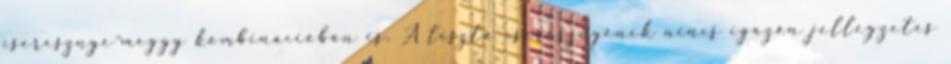
cseresznye-meggy kombinációban is. A tiszta cseresznyének nincs igazán jellegzetes